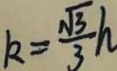
k = \frac { \sqrt { 3 } } { 3 } h